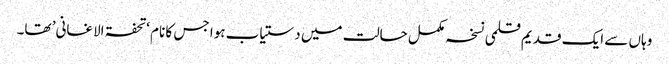
وہاں سے ایک قدیم قلمی نسخہ مکمل حالت میں دستیاب ہوا جس کا نام ‘تحفۃ الاغانی’ تھا۔